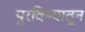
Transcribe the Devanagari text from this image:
पुरविण्यातून